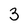
Character: 3